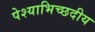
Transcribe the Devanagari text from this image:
पेश्याभिच्छदीय